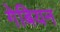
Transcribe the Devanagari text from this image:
गेबियन